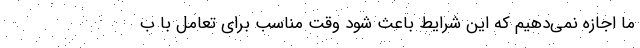
ما اجازه نمی‌دهیم که این شرایط باعث شود وقت مناسب برای تعامل با ب